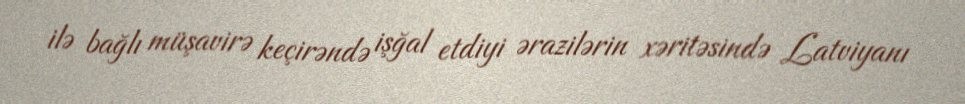
ilə bağlı müşavirə keçirəndə işğal etdiyi ərazilərin xəritəsində Latviyanı